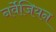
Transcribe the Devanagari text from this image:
नर्वेजियन